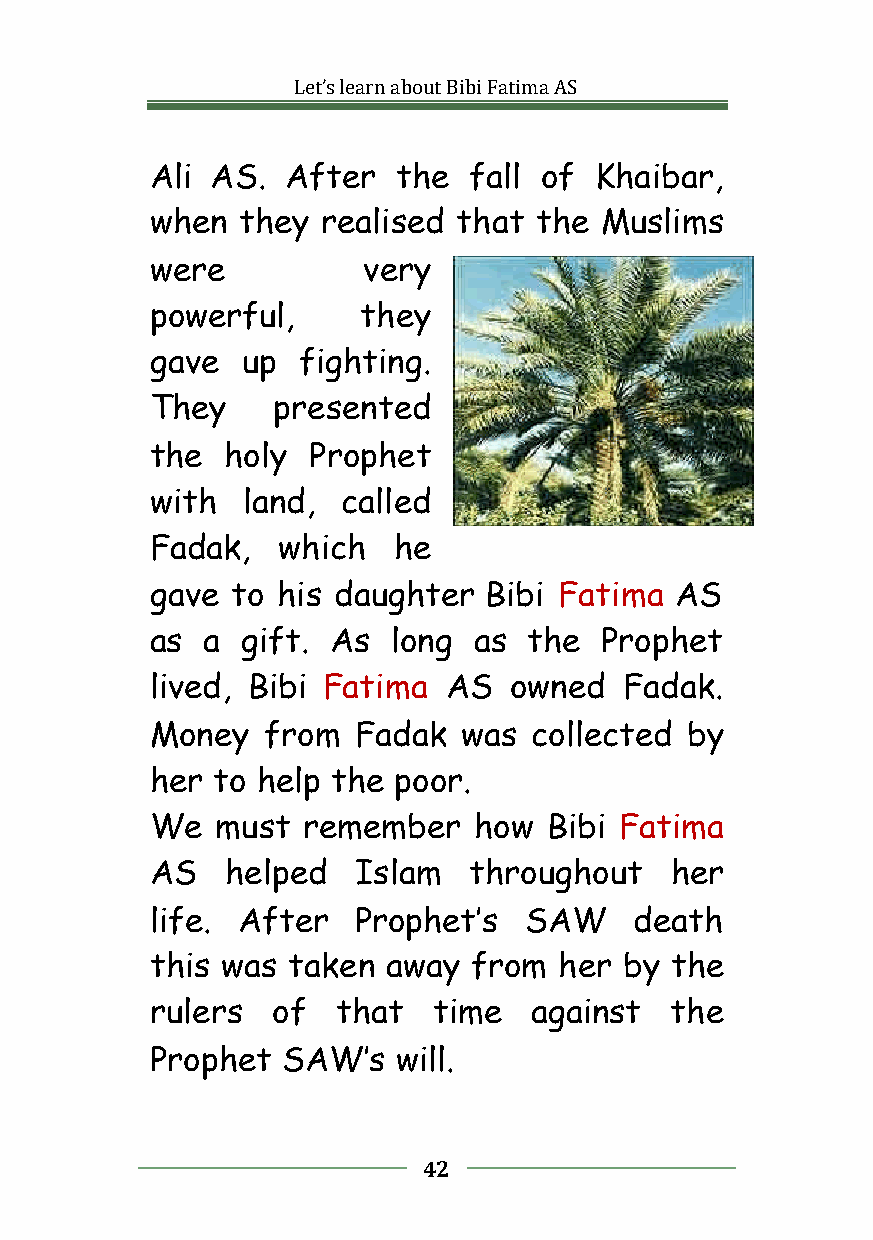
Let’slearnaboutBibiFatimaAS
 Ali AS.  After  the  fall of Khaibar,
 when  they realised that the  Muslims
 were          very
 powerful,     they
 gave  up  fighting.
 They    presented
 the  holy Prophet
 with  land,  called
 Fadak,  which   he
 gave to his daughter  Bibi Fatima  AS
 as  a gift. As  long as  the  Prophet
 lived, Bibi Fatima  AS  owned  Fadak.
 Money  from  Fadak   was collected by
 her to help the poor.
 We  must  remember   how  Bibi Fatima
 AS   helped   Islam  throughout   her
 life. After   Prophet’s  SAW    death
 this was taken  away from  her by the
 rulers  of  that   time  against  the
 Prophet  SAW’s  will.
 42